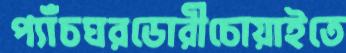
প্যাঁচঘরডোরীচোয়াইতে